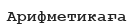
Арифметикаға